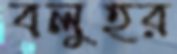
বলুহর